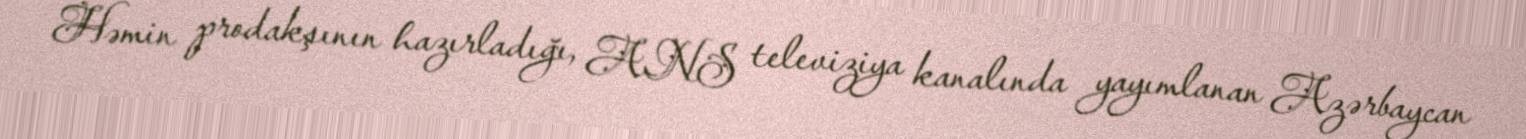
Həmin prodakşının hazırladığı, ANS televiziya kanalında yayımlanan Azərbaycan